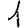
Digit: 1